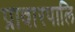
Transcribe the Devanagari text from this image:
प्रावारपालि